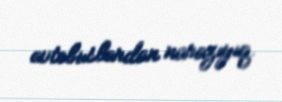
avtobuslardan narazıyıq.